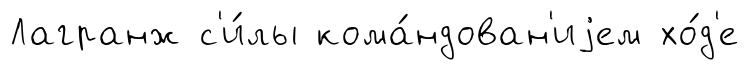
Лагранж с'и́лы кома́ндован'иjем хо́д'е